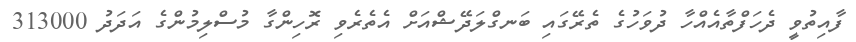
ފާއިތުވީ ދެހަފްތާއެއްހާ ދުވަހުގެ ތެރޭގައި ބަނގްލަދޭޝްއަށް އެތެރެވި ރޮހިންގާ މުސްލިމުންގެ އަދަދު 313000